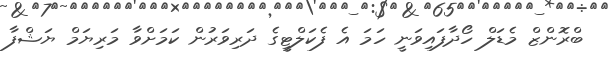
ބްރޮންޒް މެޑަލް ހޯދާފައިވަނީ ހަމަ އެ ފެކަލްޓީގެ ދަރިވަރުން ކަމަށްވާ މަރިޔަމް ޔަޝްފާ